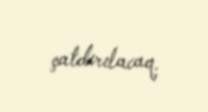
çatdırılacaq.